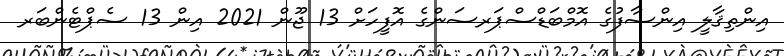
އިންތިޤާލީ އިންސާފުގެ އޮމްބަޑްސްޕަރސަންގެ އޮފީހަށް 13 ޖޫން 2021 އިން 13 ސެޕްޓެންބަރ